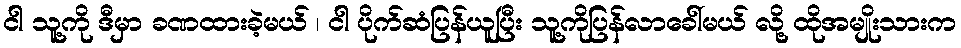
ငါ သူ့ကို ဒီမှာ ခဏထားခဲ့မယ် ၊ ငါ ပိုက်ဆံပြန်ယူပြီး သူ့ကိုပြန်လာခေါ်မယ် လို့ ထိုအမျိုးသားက